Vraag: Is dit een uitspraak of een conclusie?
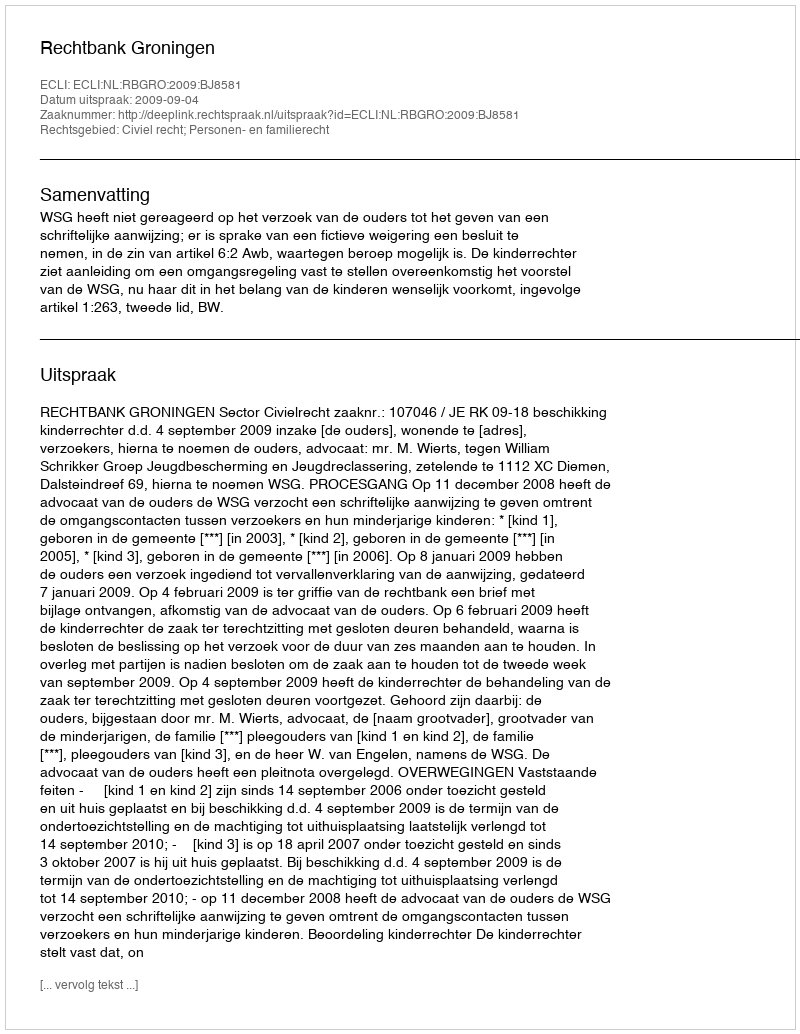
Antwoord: Uitspraak